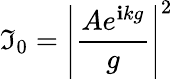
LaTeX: \mathfrak{I}_{0}=\left|{\frac{{Ae^{\mathbf{{i}}kg}}}{{g}}}\right|^{2}